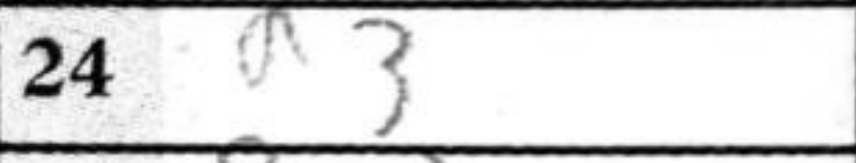
Transcription: a3